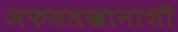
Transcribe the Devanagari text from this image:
अफजलखानाशी